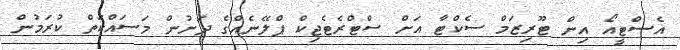
އެސްޓީއޯ އިން ޓޫރިޒަމް ސެކްޓާ އަށް ސްޓްރެޓެޖިކް ޕްލޭނެއްގެ ދަށުން މަސައްކަތް ކުރަމުން